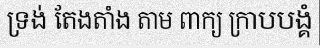
ទ្រង់ តែងតាំង តាម ពាក្យ ក្រាបបង្គំ